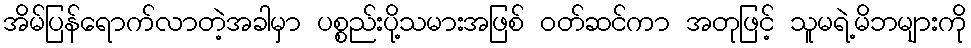
အိမ်ပြန်ရောက်လာတဲ့အခါမှာ ပစ္စည်းပို့သမားအဖြစ် ဝတ်ဆင်ကာ အတုဖြင့် သူမရဲ့မိဘများကို